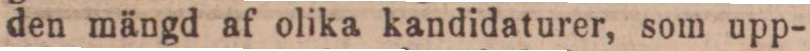
den mängd af olika kandidaturer, som upp-